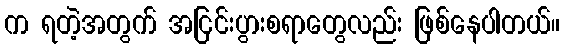
က ရတဲ့အတွက် အငြင်းပွားစရာတွေလည်း ဖြစ်နေပါတယ်။